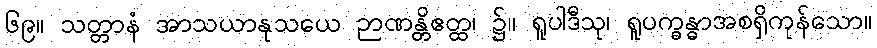
၆၉။ သတ္တာနံ အာသယာနုသယေ ဉာဏန္တိဧတ္ထ၊ ၌။ ရူပါဒီသု၊ ရူပက္ခန္ဓာအစရှိကုန်သော။